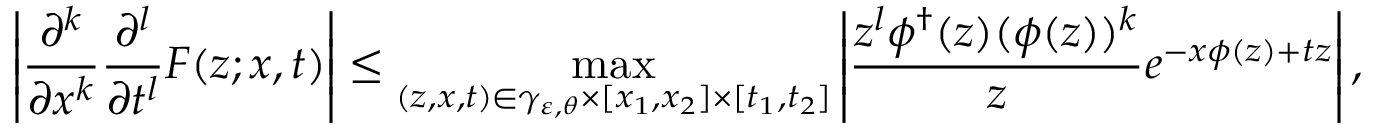
\left| \frac { \partial ^ { k } } { \partial x ^ { k } } \frac { \partial ^ { l } } { \partial t ^ { l } } F ( z ; x , t ) \right| \le \operatorname* { m a x } _ { ( z , x , t ) \in \gamma _ { \varepsilon , \theta } \times [ x _ { 1 } , x _ { 2 } ] \times [ t _ { 1 } , t _ { 2 } ] } \left| \frac { z ^ { l } \phi ^ { \dagger } ( z ) ( \phi ( z ) ) ^ { k } } { z } e ^ { - x \phi ( z ) + t z } \right| ,